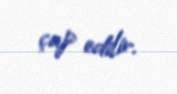
çap edilir.